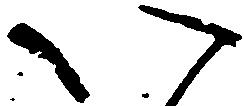
い